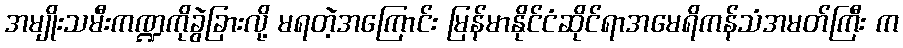
အမျိုးသမီးကဏ္ဍကိုခွဲခြားလို့ မရတဲ့အကြောင်း မြန်မာနိုင်ငံဆိုင်ရာအမေရိကန်သံအမတ်ကြီး က